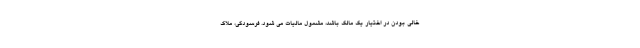
خالی بودن در اختیار یک مالک باشد، مشمول مالیات می شود. فرسودگی، ملاک